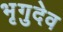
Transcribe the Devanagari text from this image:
भृगुदेव